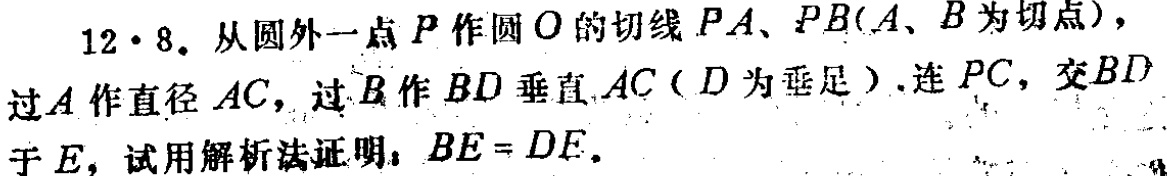
12·8. 从圆外一点\(P\)作圆\(O\)的切线\(PA、PB(A、B\)为切点\()\)，过\(A\)作直径\(AC\)，过\(B\)作\(BD\)垂直\(AC(D\)为垂足\().\)连\(PC\)，交\(BD\)于\(E\)，试用解析法证明：\(BE = DE\).